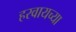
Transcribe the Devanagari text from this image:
हरवायच्या